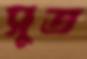
সুত